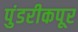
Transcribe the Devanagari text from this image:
पुंडरीकपूर